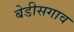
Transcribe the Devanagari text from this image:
बेडीसगाव